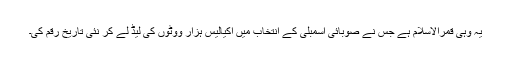
یہ وہی قمرالاسلام ہے جس نے صوبائی اسمبلی کے انتخاب میں اکیالیس ہزار ووٹوں کی لیڈ لے کر نئی تاریخ رقم کی۔